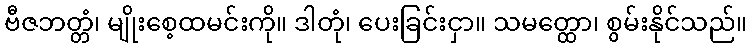
ဗီဇဘတ္တံ၊ မျိုးစေ့ထမင်းကို။ ဒါတုံ၊ ပေးခြင်းငှာ။ သမတ္ထော၊ စွမ်းနိုင်သည်။